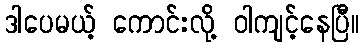
ဒါပေမယ့် ကောင်းလို့ ဝါကျင့်နေပြီ။